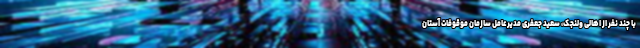
با چند نفر از اهالی ولنجک، سعید جعفری مدیرعامل سازمان موقوفات آستان